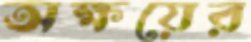
অক্ষয়ের